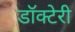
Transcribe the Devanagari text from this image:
डॉक्टेरी